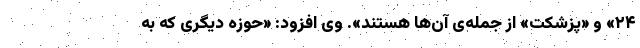
۲۴» و «پزشکت» از جمله‌ی آن‌ها هستند». وی افزود: «حوزه دیگری که به